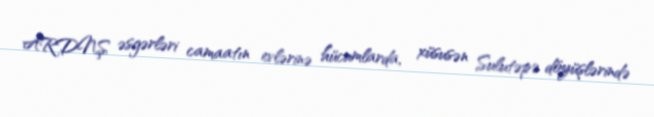
ARDNŞ əsgərləri camaatın evlərinə hücumlarda, xüsusən Sulutəpə döyüşlərində